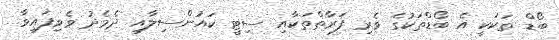
ބޯޑް ތަކަކީ އެ ބޯޑްތަކުގެ ވެރި ފަރާތްތަކާއި ސިޓީ ކައުންސިލާއި ދެމެދު ވެވިފައިވާ